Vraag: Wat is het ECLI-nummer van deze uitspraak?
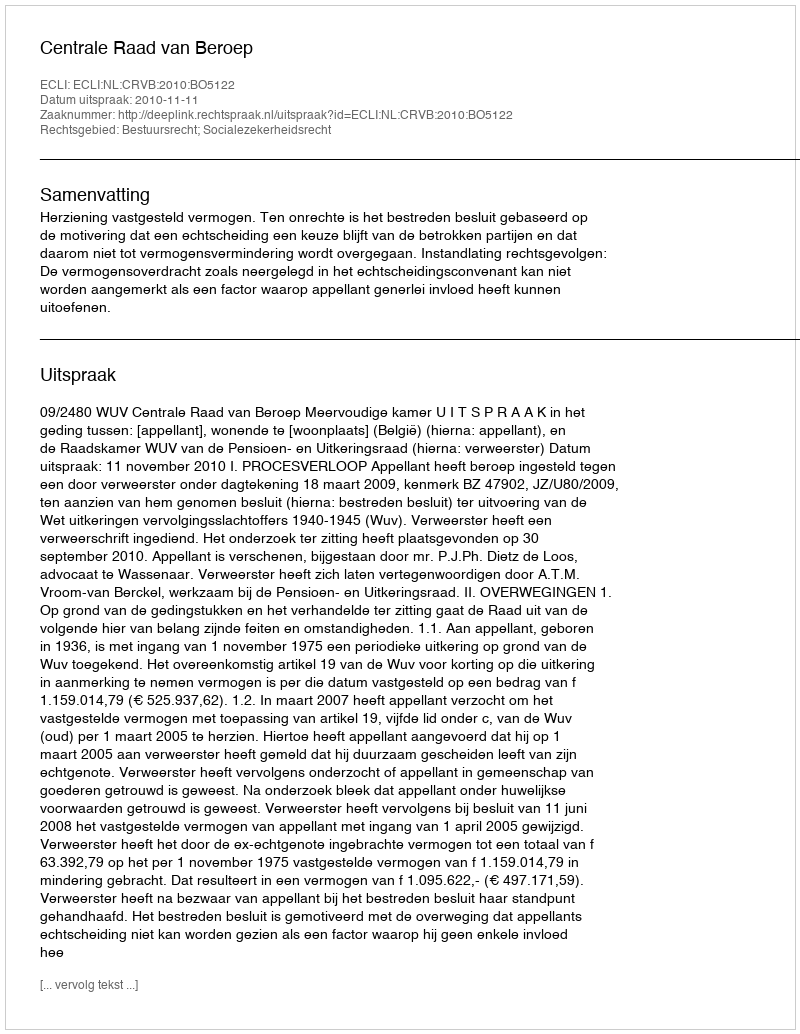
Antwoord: ECLI:NL:CRVB:2010:BO5122